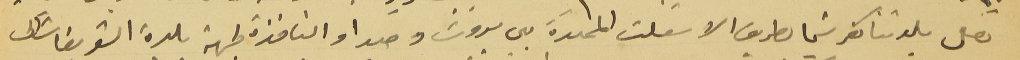
تصل بلدتنا كفرشيما بطريق الاسَفلت الممتدة بين بيروت وصيدا والنافذة لجهة بلدة الشويفات الى